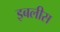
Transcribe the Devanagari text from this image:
इबलीस